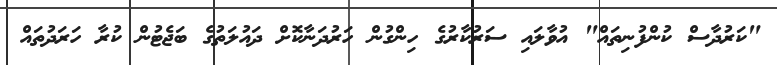
"ކަރުދާސް ކުންފުނިތައް" އުވާލައި ސަރުކާރުގެ ހިންގުން ހަރުދަނާކޮށް ދައުލަތުގެ ބަޖެޓުން ކުރާ ހަރަދުތައް